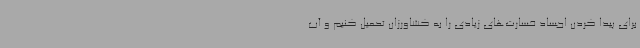
برای پیدا کردن اجساد خسارت‌های زیادی را به کشاورزان تحمیل کنیم و آب